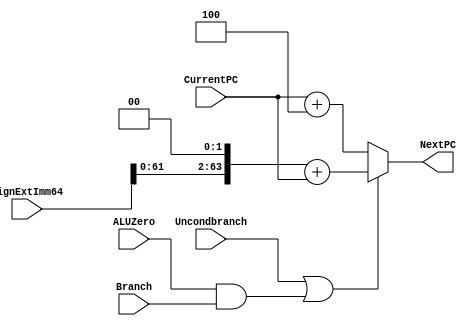
module NextPClogic(NextPC, CurrentPC, SignExtImm64, Branch, ALUZero, Uncondbranch); 
       input [63:0] CurrentPC, SignExtImm64; 
       input Branch, ALUZero, Uncondbranch; 
  output [63:0] NextPC; 
  reg NextPC;

  wire [63:0] SignExtShifted;  
  assign SignExtShifted = SignExtImm64 << 2; //shift the extended
always @(*)
    begin
      if (Uncondbranch==1'b1 || (ALUZero ==1'b1 && Branch == 1'b1))//B or CB
               begin
                NextPC = SignExtShifted + CurrentPC; //nextPC = shifted + current
            end
        else//no branch
            begin
                NextPC = CurrentPC +64'b100;//shifitng nextpc
            end
    end  
endmodule